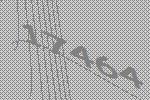
17464